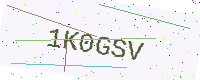
Text: 1K0GSV